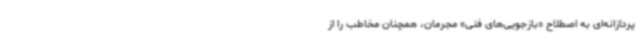
پردازانه‌ای به اصطلاح «بازجویی‌های فنی» مجرمان، همچنان مخاطب را از